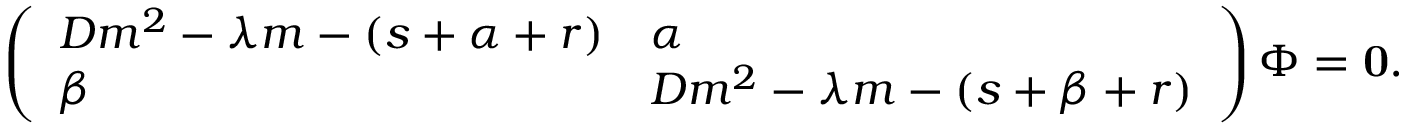
\begin{array} { r } { \left( \begin{array} { l l } { D m ^ { 2 } - \lambda m - ( s + \alpha + r ) } & { \alpha } \\ { \beta } & { D m ^ { 2 } - \lambda m - ( s + \beta + r ) } \end{array} \right) \Phi = \bf { 0 } . } \end{array}